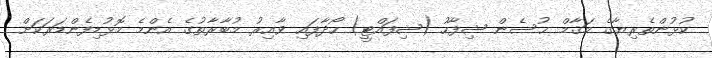
ކުޅުންތެރިޔާގެ މަޤާމް ޙުސެން ޝިފާހު (ޝިފައްޓީ) ހޯދާފައި ވާއިރު މުބާރާތުގެ އެންމެ މޮޅުޑިފެންޑަރަކަށް